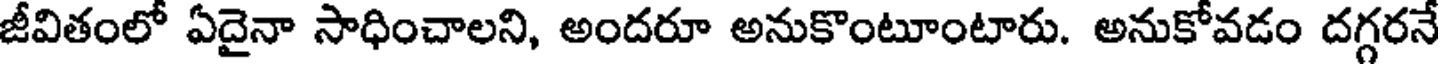
జీవితంలో ఏదైనా సాధించాలని, అందరూ అనుకొంటూంటారు. అనుకోవడం దగ్గరనే